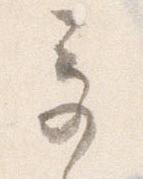
奇